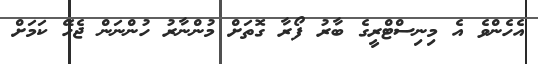
އެހެންވެ އެ މިނިސްޓްރީގެ ބާރު ފޯރާ ގޮތަށް މުންނާރު ހުންނަން ޖެހޭ ކަމަށް